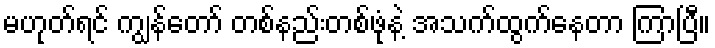
မဟုတ်ရင် ကျွန်တော် တစ်နည်းတစ်ဖုံနဲ့ အသက်ထွက်နေတာ ကြာပြီ။